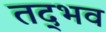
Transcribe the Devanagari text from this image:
तद्‍भव